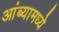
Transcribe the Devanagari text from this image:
आंब्यामध्ये